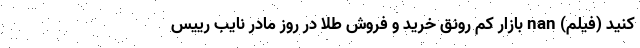
کنید (فیلم) nan بازار کم رونق خرید و فروش طلا در روز مادر نایب رییس